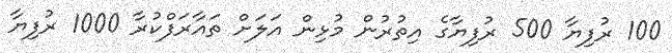
100 ރުފިޔާ 500 ރުފިޔާގެ އިތުރުން މުޅިން އަލަށް ތައާރަފްކުރާ 1000 ރުފިޔާ